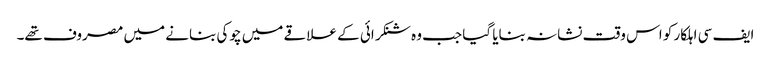
ایف سی اہلکار کو اس وقت نشانہ بنایا گیا جب وہ شنکرائی کے علاقے میں چوکی بنانے میں مصروف تھے۔